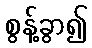
စွန့်ခွာ၍